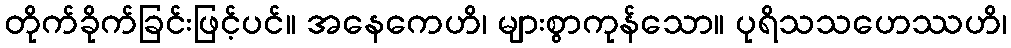
တိုက်ခိုက်ခြင်းဖြင့်ပင်။ အနေကေဟိ၊ များစွာကုန်သော။ ပုရိသသဟေဿဟိ၊